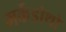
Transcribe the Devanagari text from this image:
मर्केडोथो